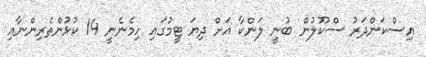
އިސްކަންދަރު ސްކޫލުން ބުނީ ލަންކާ އަށް ދިޔަ ޓީމުގައި ހިމެނެނީ 14 ކުޅުންތެރިންނާއި